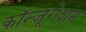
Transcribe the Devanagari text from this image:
कॉन्जूगेशन